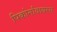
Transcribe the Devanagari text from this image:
पिकोर्नावायरस